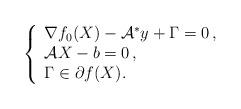
LaTeX: \begin{align*}\left\{\begin{array}{l}\nabla f_0(X)-{\cal A}^*y+\Gamma=0\,,\\{\cal A}X-b=0\,,\\\Gamma \in \partial f(X).\end{array}\right.\end{align*}